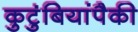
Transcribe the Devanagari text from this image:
कुटुंबियांपैकी